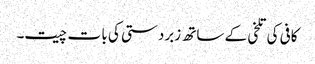
کافی کی تلخی کے ساتھ زبردستی کی با ت چیت۔